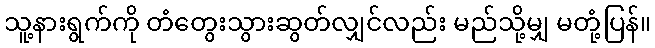
သူ့နားရွက်ကို တံတွေးသွားဆွတ်လျှင်လည်း မည်သို့မျှ မတုံ့ပြန်။